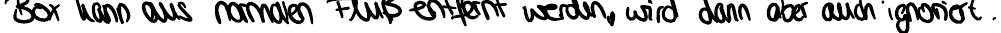
Box kann aus normalen Fluß entfernt werden, wird dann aber auch ignoriert.